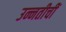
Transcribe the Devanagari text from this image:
उन्नतीचीं